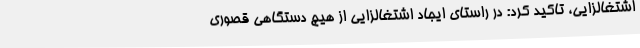
اشتغالزایی، تاکید کرد: در راستای ایجاد اشتغالزایی از هیچ دستگاهی قصوری